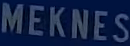
MEKNES